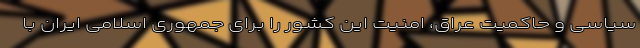
سیاسی و حاکمیت عراق، امنیت این کشور را برای جمهوری اسلامی ایران با